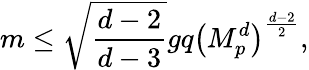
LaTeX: m\leq\sqrt{\frac{d-2}{d-3}}gq\left(M_{p}^{d}\right)^{\frac{d-2}{2}},